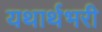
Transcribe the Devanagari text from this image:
यथार्थभरी